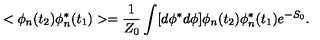
< \phi _ { n } ( t _ { 2 } ) \phi _ { n } ^ { * } ( t _ { 1 } ) > = \frac { 1 } { Z _ { 0 } } \int [ d \phi ^ { * } d \phi ] \phi _ { n } ( t _ { 2 } ) \phi _ { n } ^ { * } ( t _ { 1 } ) e ^ { - S _ { 0 } } .